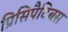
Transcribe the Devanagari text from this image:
प्रिसिपैटिबस